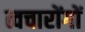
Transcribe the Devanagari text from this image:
त्वचारोंगों